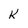
Character: K